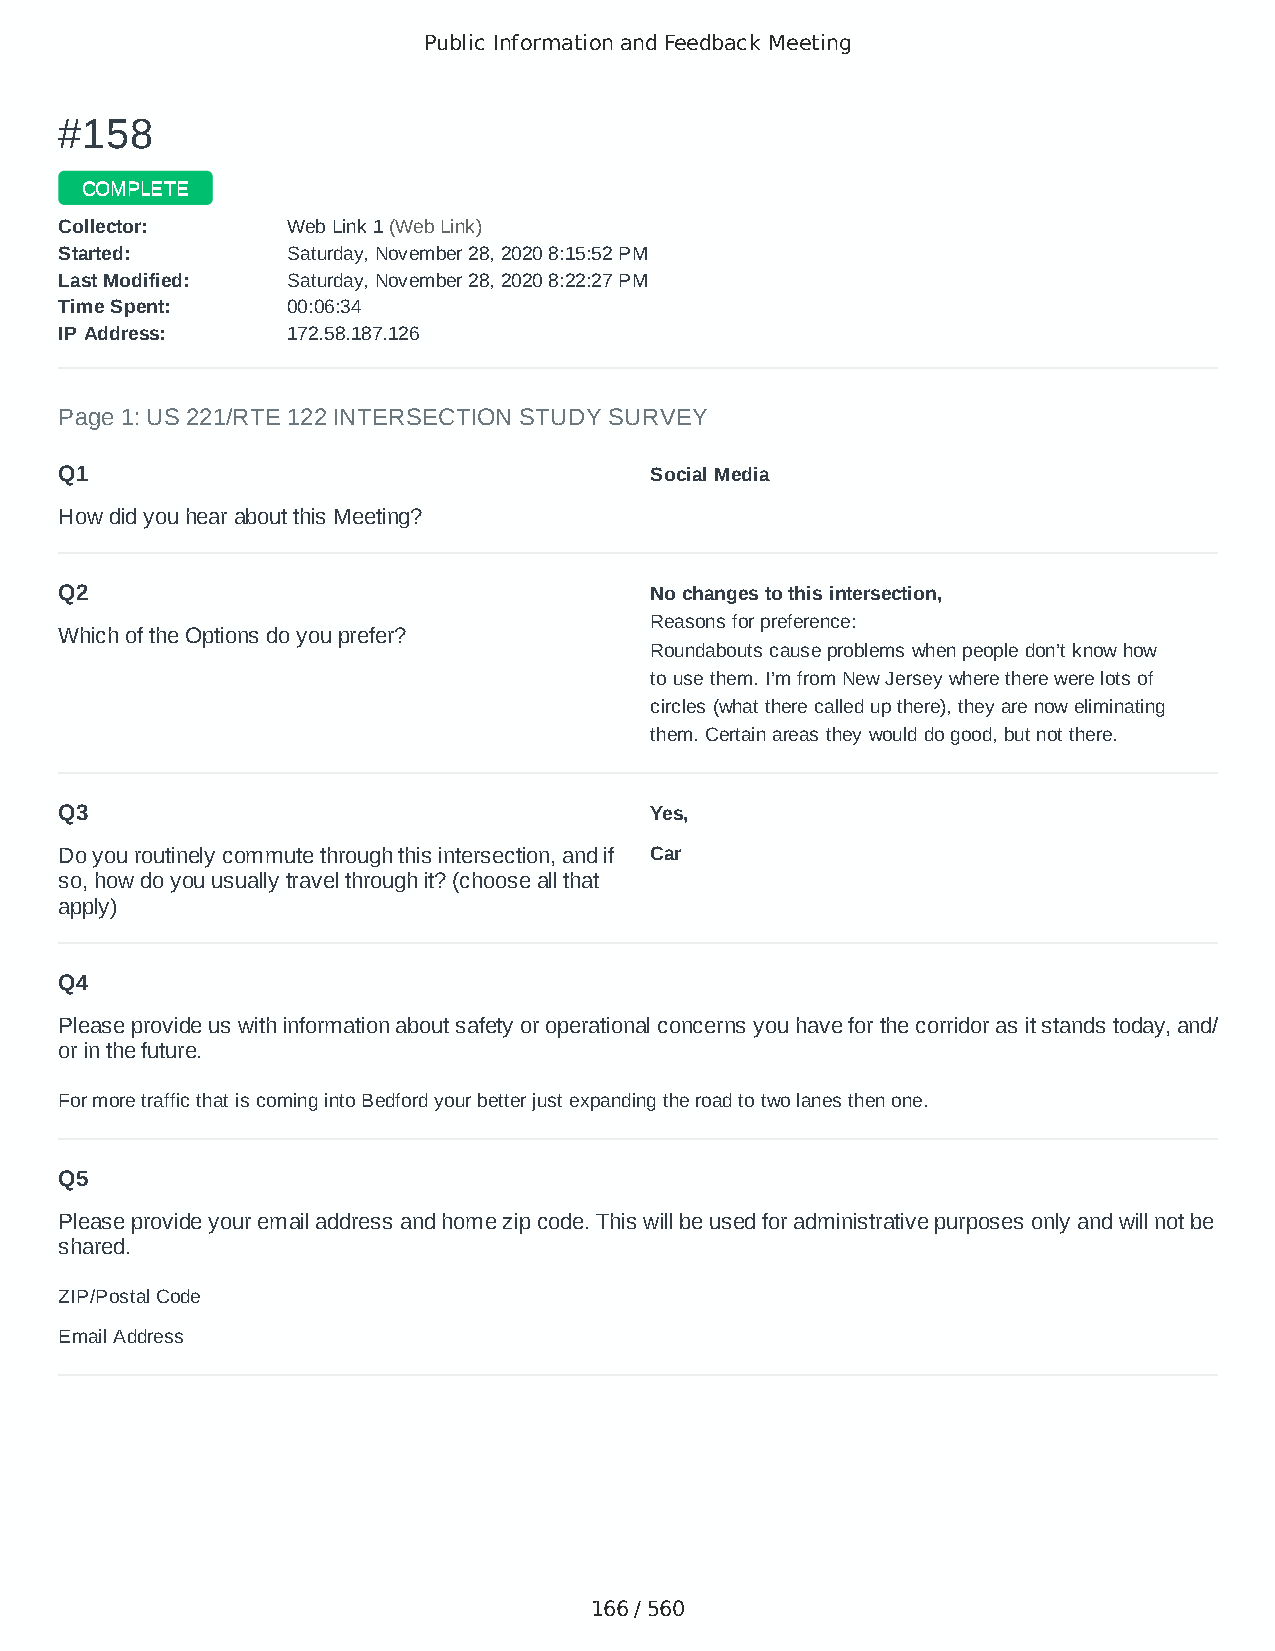
Public Information and Feedback Meeting
 ##115588
 CCOOMMPPLLEETTEE
 CCoolllleeccttoorr:: WWeebb LLiinnkk 11 ((WWeebb LLiinnkk))
 SSttaarrtteedd:: SSaattuurrddaayy,, NNoovveemmbbeerr 2288,, 22002200 88::1155::5522 PPMM
 LLaasstt MMooddiiffiieedd:: SSaattuurrddaayy,, NNoovveemmbbeerr 2288,, 22002200 88::2222::2277 PPMM
 TTiimmee SSppeenntt:: 0000::0066::3344
 IIPP AAddddrreessss:: 117722..5588..118877..112266
 Page 1: US 221/RTE 122 INTERSECTION STUDY SURVEY
 Q1                                     Social Media
 How did you hear about this Meeting?
 Q2                                     No changes to this intersection,
 Reasons for preference:
 Which of the Options do you prefer?
 Roundabouts cause problems when people don’t know how
 to use them. I’m from New Jersey where there were lots of
 circles (what there called up there), they are now eliminating
 them. Certain areas they would do good, but not there.
 Q3                                     Yes,
 Do you routinely commute through this intersection, and if Car
 so, how do you usually travel through it? (choose all that
 apply)
 Q4
 Please provide us with information about safety or operational concerns you have for the corridor as it stands today, and/
 or in the future.
 For more traffic that is coming into Bedford your better just expanding the road to two lanes then one.
 Q5
 Please provide your email address and home zip code. This will be used for administrative purposes only and will not be
 shared.
 ZIP/Postal Code                        24523
 Email Address                          bdanderson89@gmail.com
 166 / 560